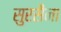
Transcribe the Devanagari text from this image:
सुरसैना